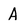
Character: A